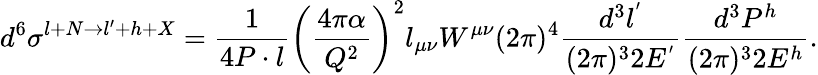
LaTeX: d^{6}\sigma^{l+N\rightarrow l^{\prime}+h+X}=\frac{1}{4P\cdot{l}}\left(\frac{4\pi\alpha}{Q^{2}}\right)^{2}l_{\mu\nu}W^{\mu\nu}(2\pi)^{4}\frac{d^{3}l^{'}}{(2\pi)^{3}2E^{'}}\frac{d^{3}P^{h}}{(2\pi)^{3}2E^{h}}.